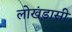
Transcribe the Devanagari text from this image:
लोखंडासी